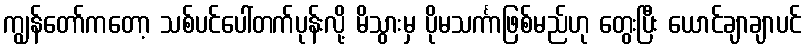
ကျွန်တော်ကတော့ သစ်ပင်ပေါ်တက်ပုန်းလို့ မိသွားမှ ပိုမသင်္ကာဖြစ်မည်ဟု တွေးပြီး ယောင်ချာချာပင်